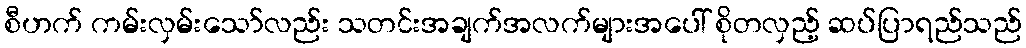
စီဟက် ကမ်းလှမ်းသော်လည်း သတင်းအချက်အလက်များအပေါ် စိုတလှည့် ဆပ်ပြာရည်သည်